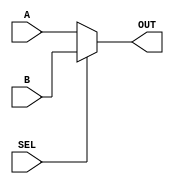
module MUX2x1_Behave (A,B,SEL,OUT);
input A,B,SEL;
output reg OUT;
always @(*) begin
	if(SEL) begin
		 OUT=B;
	end else begin
		 OUT=A ;
	end
end
endmodule